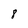
Character: 8